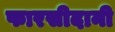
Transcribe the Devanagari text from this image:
फारसीदानी